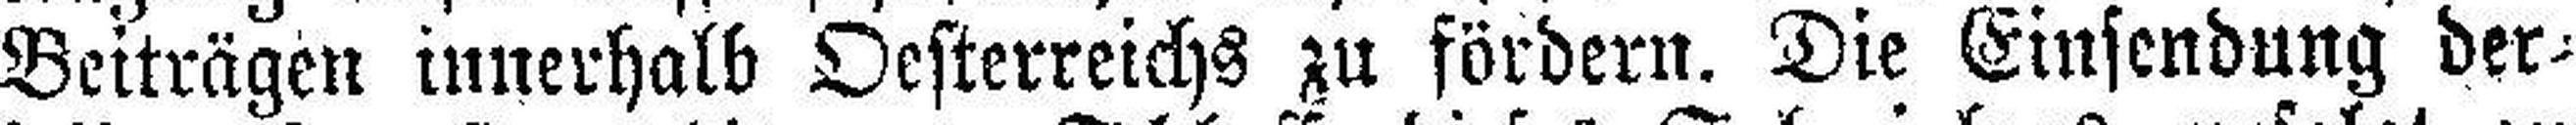
Beiträgen innerhalb Oesterreichs zu fördern. Die Einsendung der¬